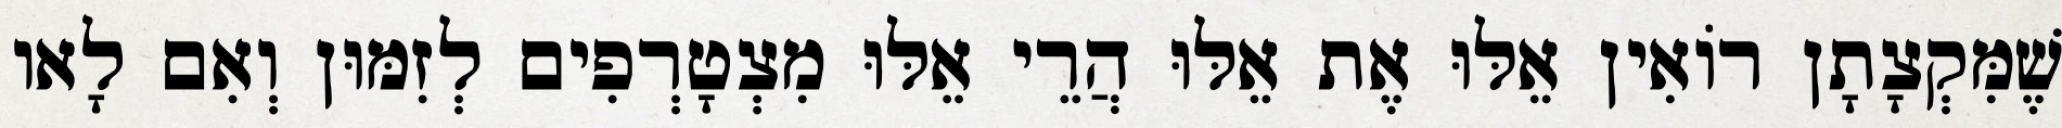
שֶׁמִּקְצָתָן רוֹאִין אֵלּוּ אֶת אֵלּוּ הֲרֵי אֵלּוּ מִצְטָרְפִים לְזִמּוּן וְאִם לָאו